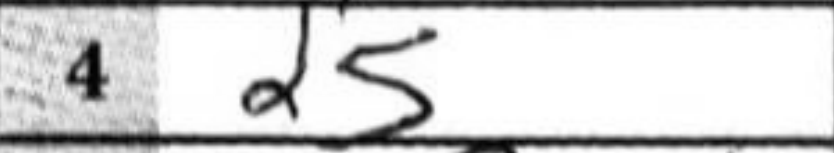
Transcription: d5